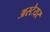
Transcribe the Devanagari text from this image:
अस्टेयर